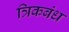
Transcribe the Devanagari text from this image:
त्रिकबंध